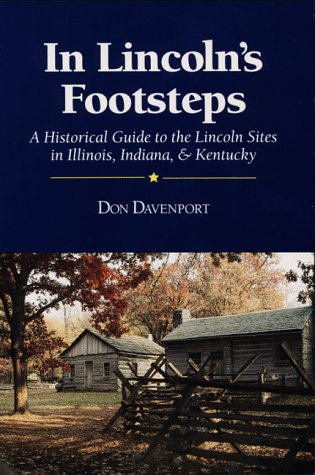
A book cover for In Lincoln's Footsteps: A Historical Guide to the Lincoln Sites in Illinois, Indiana, and Kentucky; Don Davenport; Travel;